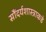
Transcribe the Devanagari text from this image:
सौंदर्यशास्त्राकडे